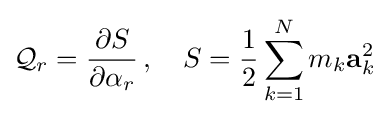
{\mathcal {Q}}_{r}={\frac {\partial S}{\partial \alpha _{r}}}\,,\quad S={\frac {1}{2}}\sum _{k=1}^{N}m_{k}\mathbf {a} _{k}^{2}